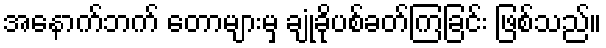
အနောက်ဘက် တောများမှ ချုံခိုပစ်ခတ်ကြခြင်း ဖြစ်သည်။